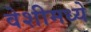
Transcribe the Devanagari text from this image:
वेशीमध्ये